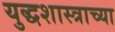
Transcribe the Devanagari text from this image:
युद्धशास्त्राच्या